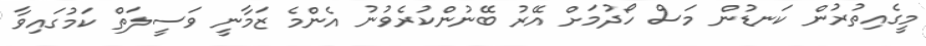
މީގެއިތުރުން ކަނޑުން މަސް ހޯދުމަށް އޭރު ބޭނުންކުރެވުނު އެންމެ ޒަމާނީ ވަސީލަތް ކަމުގައިވާ